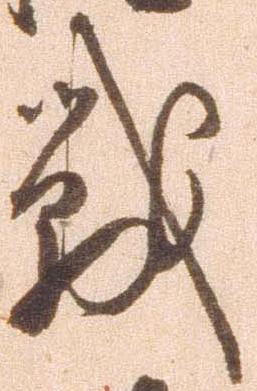
戦